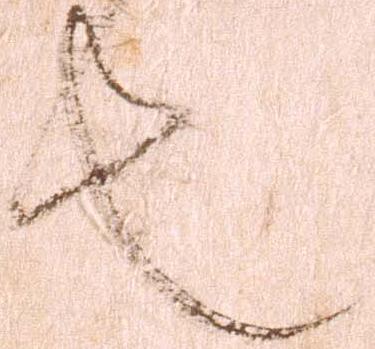
也